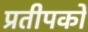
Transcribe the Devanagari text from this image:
प्रतीपकों